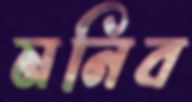
মনিব